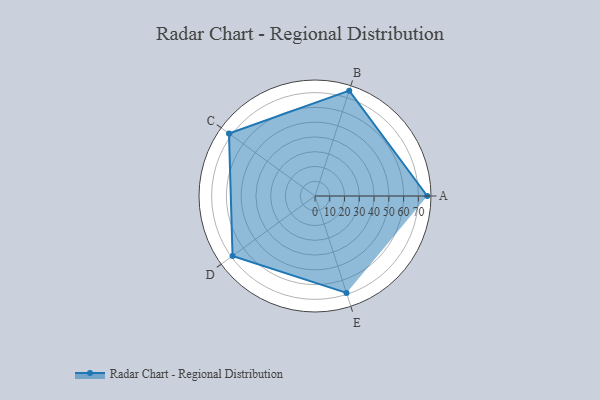
{"axis": {"x": "Skill", "y": "Score"}, "legend": ["Profile"], "data": [{"x": "A", "y": 76.0, "type": "Profile"}, {"x": "B", "y": 75.0, "type": "Profile"}, {"x": "C", "y": 72.0, "type": "Profile"}, {"x": "D", "y": 69.0, "type": "Profile"}, {"x": "E", "y": 69.0, "type": "Profile"}]}